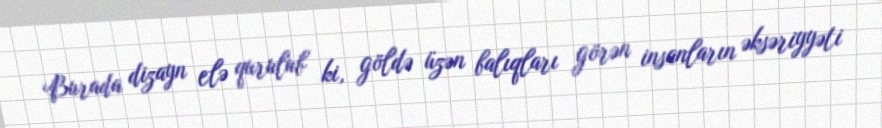
Burada dizayn elə qurulub ki, göldə üzən balıqları görən insanların əksəriyyəti